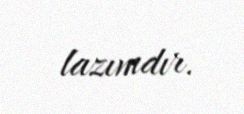
lazımdır.